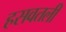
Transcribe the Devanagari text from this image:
हसवतली